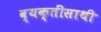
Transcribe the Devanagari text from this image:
व्यक्तींसाथी